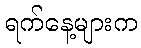
ရက်နေ့များက